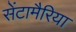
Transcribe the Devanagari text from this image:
सेंटामैरिया